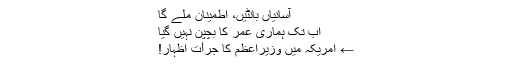
آسانیاں بانٹیں، اطمینان ملے گا
اب تک ہماری عمر کا بچپن نہیں گیا
← امریکہ میں وزیراعظم کا جرأتِ اظہار!